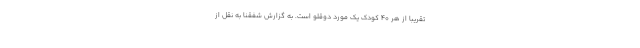
تقریباً از هر ۴۰ کودک یک مورد دوقلو است. به گزارش شفقنا به نقل از